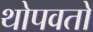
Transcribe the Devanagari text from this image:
थोपवतो